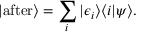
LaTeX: | { \mathrm { a f t e r } } \rangle = \sum _ { i } | \epsilon _ { i } \rangle \langle i | \psi \rangle .